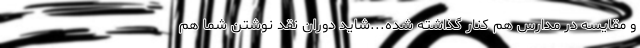
و مقایسه در مدارس هم کنار گذاشته شده...شاید دوران نقد نوشتن شما هم